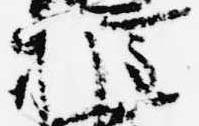
権